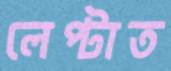
লেপ্‌টাত